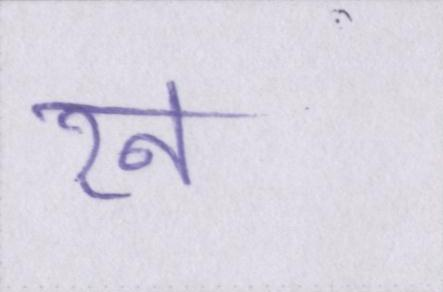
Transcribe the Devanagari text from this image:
रन